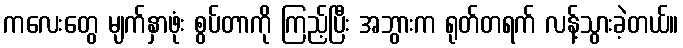
ကလေးတွေ မျက်နှာဖုံး စွပ်တာကို ကြည့်ပြီး အဘွားက ရုတ်တရက် လန့်သွားခဲ့တယ်။